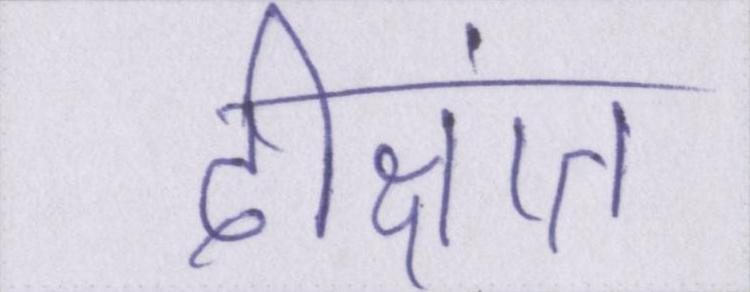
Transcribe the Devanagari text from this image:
दीक्षांत